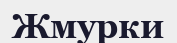
Жмурки